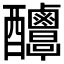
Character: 𨤌